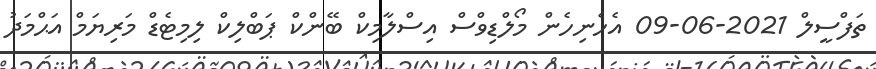
ތަފްސީލް 2021-06-09 އެހެނިހެން މޯލްޑިވްސް އިސްލާމިކް ބޭންކް ޕަބްލިކް ލިމިޓެޑް މަރިޔަމް އަޙްމަދު